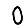
Digit: 0